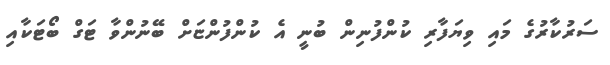
ސަރުކާރުގެ މައި ވިޔަފާރި ކުންފުނިން ބުނީ އެ ކުންފުންޏަށް ބޭނުންވާ ޓަގް ބޯޓަކާއި